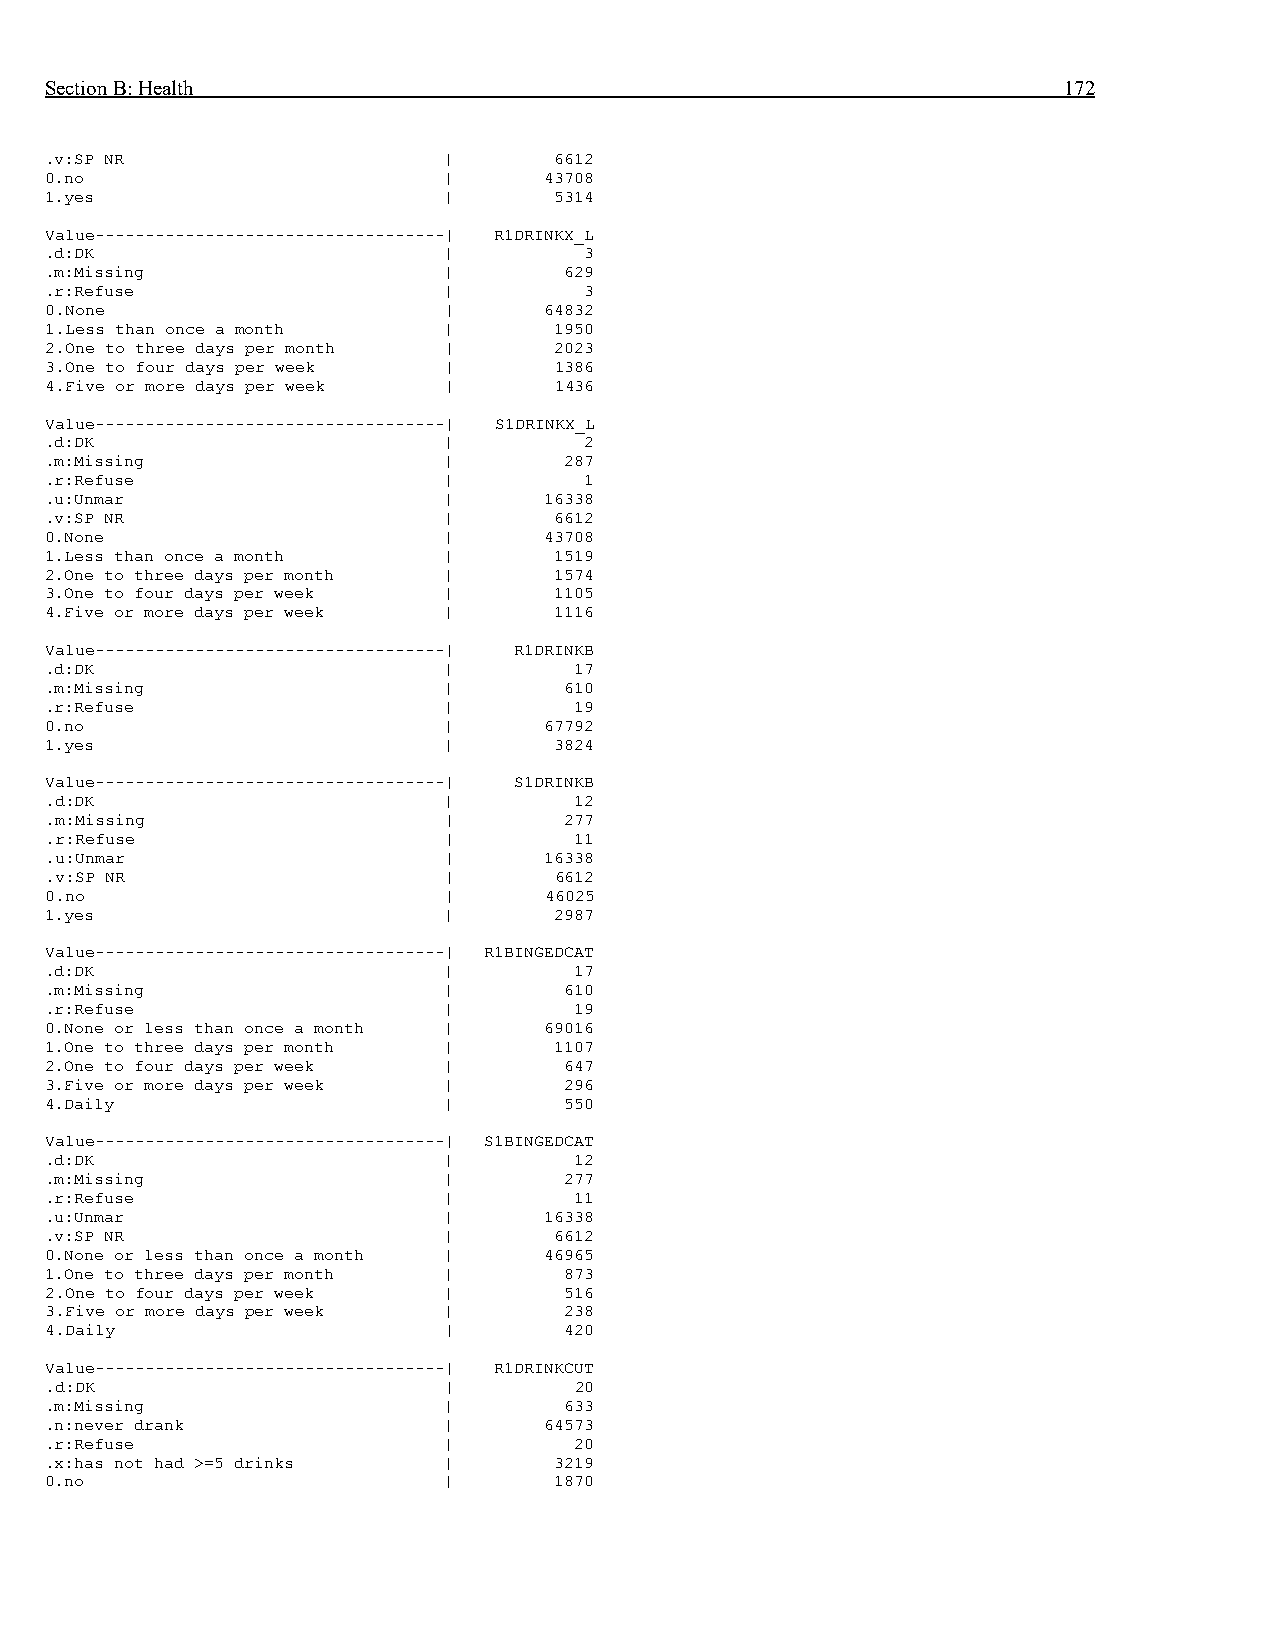
Section B: Health                                                  172
 .v:SP NR                  |       6612
 0.no                      |      43708
 1.yes                     |       5314
 Value-----------------------------------| R1DRINKX_L
 .d:DK                     |         3
 .m:Missing                |       629
 .r:Refuse                 |         3
 0.None                    |      64832
 1.Less than once a month  |       1950
 2.One to three days per month |   2023
 3.One to four days per week |     1386
 4.Five or more days per week |    1436
 Value-----------------------------------| S1DRINKX_L
 .d:DK                     |         2
 .m:Missing                |       287
 .r:Refuse                 |         1
 .u:Unmar                  |      16338
 .v:SP NR                  |       6612
 0.None                    |      43708
 1.Less than once a month  |       1519
 2.One to three days per month |   1574
 3.One to four days per week |     1105
 4.Five or more days per week |    1116
 Value-----------------------------------| R1DRINKB
 .d:DK                     |        17
 .m:Missing                |       610
 .r:Refuse                 |        19
 0.no                      |      67792
 1.yes                     |       3824
 Value-----------------------------------| S1DRINKB
 .d:DK                     |        12
 .m:Missing                |       277
 .r:Refuse                 |        11
 .u:Unmar                  |      16338
 .v:SP NR                  |       6612
 0.no                      |      46025
 1.yes                     |       2987
 Value-----------------------------------| R1BINGEDCAT
 .d:DK                     |        17
 .m:Missing                |       610
 .r:Refuse                 |        19
 0.None or less than once a month | 69016
 1.One to three days per month |   1107
 2.One to four days per week |     647
 3.Five or more days per week |    296
 4.Daily                   |       550
 Value-----------------------------------| S1BINGEDCAT
 .d:DK                     |        12
 .m:Missing                |       277
 .r:Refuse                 |        11
 .u:Unmar                  |      16338
 .v:SP NR                  |       6612
 0.None or less than once a month | 46965
 1.One to three days per month |   873
 2.One to four days per week |     516
 3.Five or more days per week |    238
 4.Daily                   |       420
 Value-----------------------------------| R1DRINKCUT
 .d:DK                     |        20
 .m:Missing                |       633
 .n:never drank            |      64573
 .r:Refuse                 |        20
 .x:has not had >=5 drinks |       3219
 0.no                      |       1870